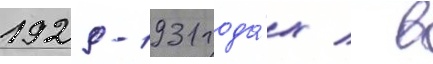
1929-1931 года́х / в